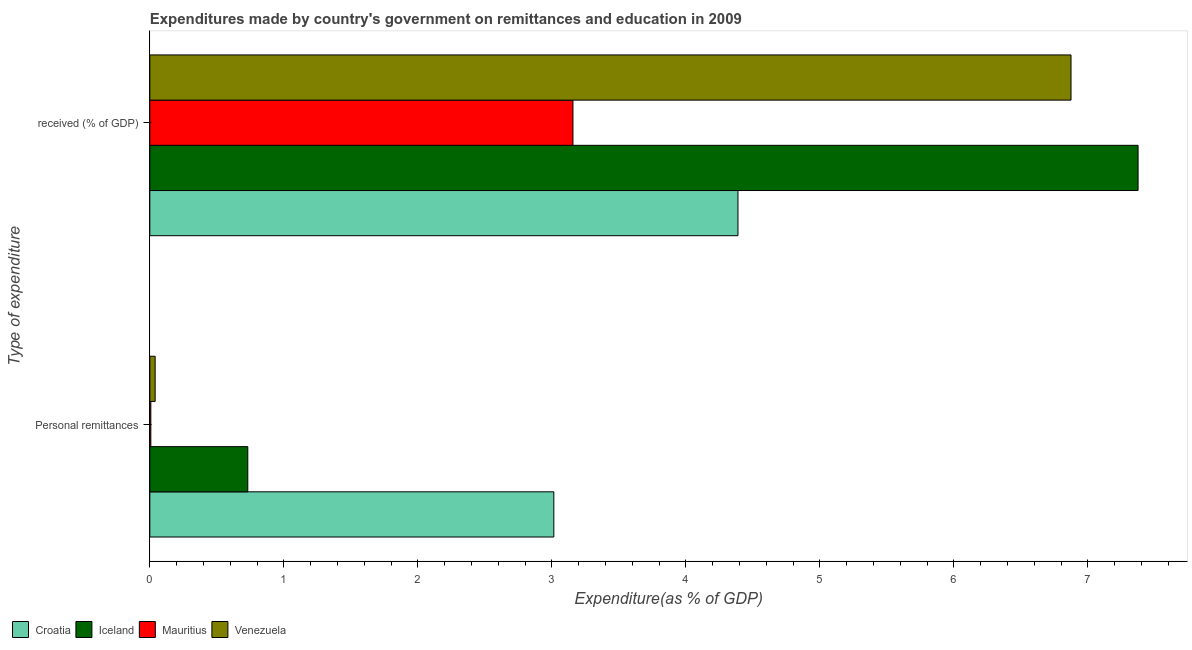
| Type of expenditure | Croatia | Iceland | Mauritius | Venezuela |
 | --- | --- | --- | --- | --- |
 | Personal remittances | 3.01 | 0.731 | 0.00748 | 0.0398 |
 |  received (% of GDP) | 4.39 | 7.38 | 3.16 | 6.87 |